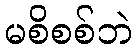
မစိစစ်ဘဲ